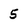
Character: 5